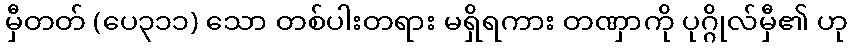
မှီတတ် (ပေ၃၁၁) သော တစ်ပါးတရား မရှိရကား တဏှာကို ပုဂ္ဂိုလ်မှီ၏ ဟု